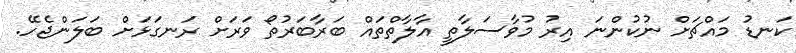
ކަނޑު މައްޗަށް ނުކުންނަ އިރު މުވާސަލާތީ އާލާތްތައް ބަރާބަރުތޯ ވަރަށް ރަނގަޅަށް ބަލަންޖެހޭ.